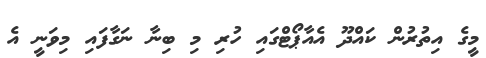
މީގެ އިތުރުން ކައްދޫ އެއާޕޯޓްގައި ހުރި މި ބިނާ ނަގާފައި މިވަނީ އެ